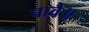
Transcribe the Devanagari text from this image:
पावै॥